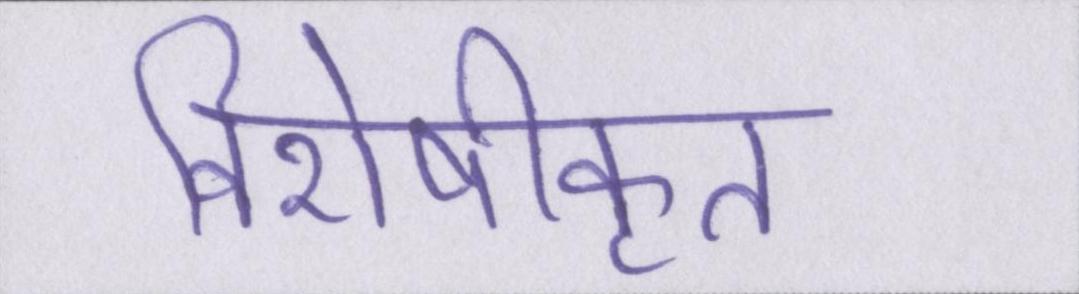
विशेषीकृत